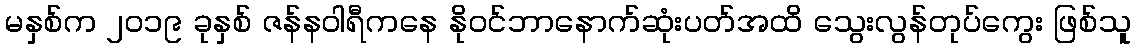
မနှစ်က ၂၀၁၉ ခုနှစ် ဇန်နဝါရီကနေ နိုဝင်ဘာနောက်ဆုံးပတ်အထိ သွေးလွန်တုပ်ကွေး ဖြစ်သူ